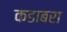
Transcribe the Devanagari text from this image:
कडाबरा